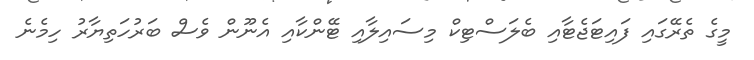
މީގެ ތެރޭގައި ފައިޓަޖެޓާއި ބެލަސްޓިކް މިސައިލާއި ޓޭންކާއި އެނޫން ވެސް ބަރުހަތިޔާރު ހިމެނެ